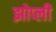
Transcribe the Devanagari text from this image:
झोप्ली